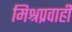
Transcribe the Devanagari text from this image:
मिश्रप्रवाही